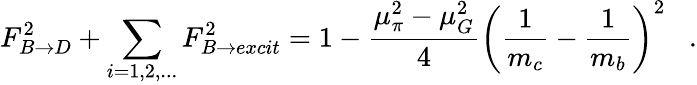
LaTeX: F_{B\rightarrow D}^{2}+\sum_{i=1,2,...}F_{B\rightarrow excit}^{2}=1-\frac{\mu_{\pi}^{2}-\mu_{G}^{2}}{4}\left(\frac{1}{m_{c}}-\frac{1}{m_{b}}\right)^{2}\; \; \; .